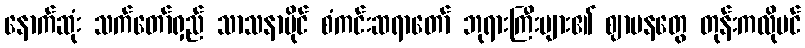
နောက်ဆုံး သက်တော်ရှည် သာသနာပိုင် စံကင်းဆရာတော် ဘုရားကြီးများ၏ ဈာပနတွေ တုန်းကလိုပင်